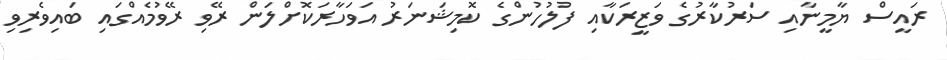
ރައީސް ޔާމީނާއި ސަރުކާރުގެ ވަޒީރަކާއި ފުލުހުންގެ ކޮމިޝަނަރު އަވަހާރަކޮށްލަން ރޭވި ރޭވުމެއްގައި ބައިވެރިވި